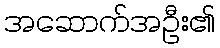
အဆောက်အဦး၏